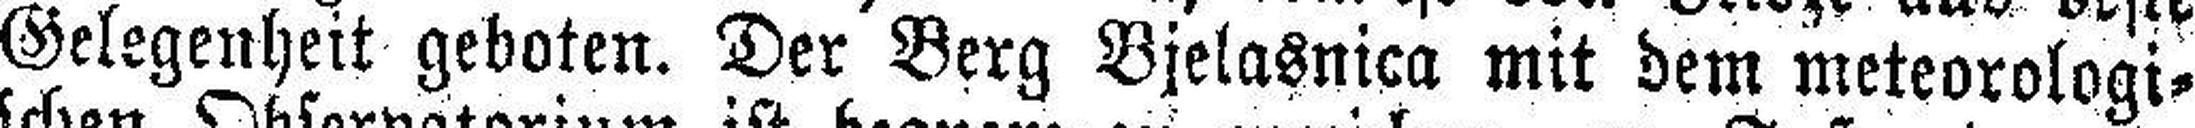
Gelegenheit geboten. Der Berg Bjelasnica mit dem meteorologi¬